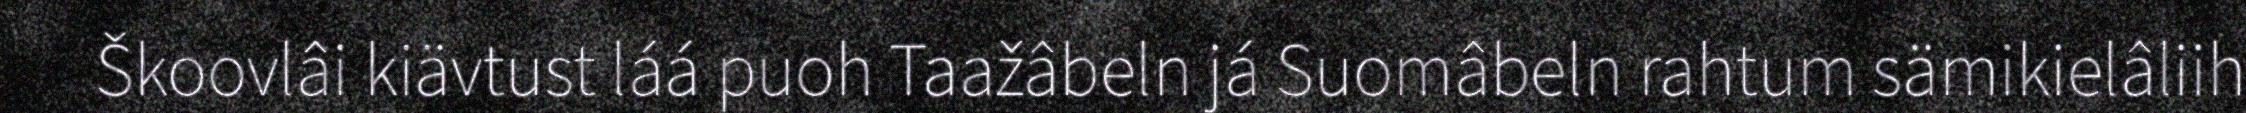
Škoovlâi kiävtust láá puoh Taažâbeln já Suomâbeln rahtum sämikielâliih